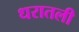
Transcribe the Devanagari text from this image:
धरातली